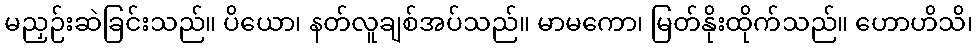
မညှဉ်းဆဲခြင်းသည်။ ပိယော၊ နတ်လူချစ်အပ်သည်။ မာမကော၊ မြတ်နိုးထိုက်သည်။ ဟောဟိသိ၊